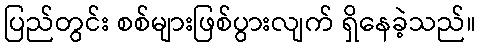
ပြည်တွင်း စစ်များဖြစ်ပွားလျက် ရှိနေခဲ့သည်။